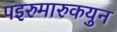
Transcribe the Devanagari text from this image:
पइरुमारुकयुन